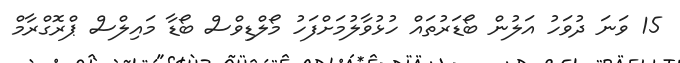
15 ވަނަ ދުވަހު އަލުން ބޯޑަރުތައް ހުޅުވާލުމަށްފަހު މޯލްޑިވްސް ބޯޑާ މައިލްސް ޕްރޮގްރާމް